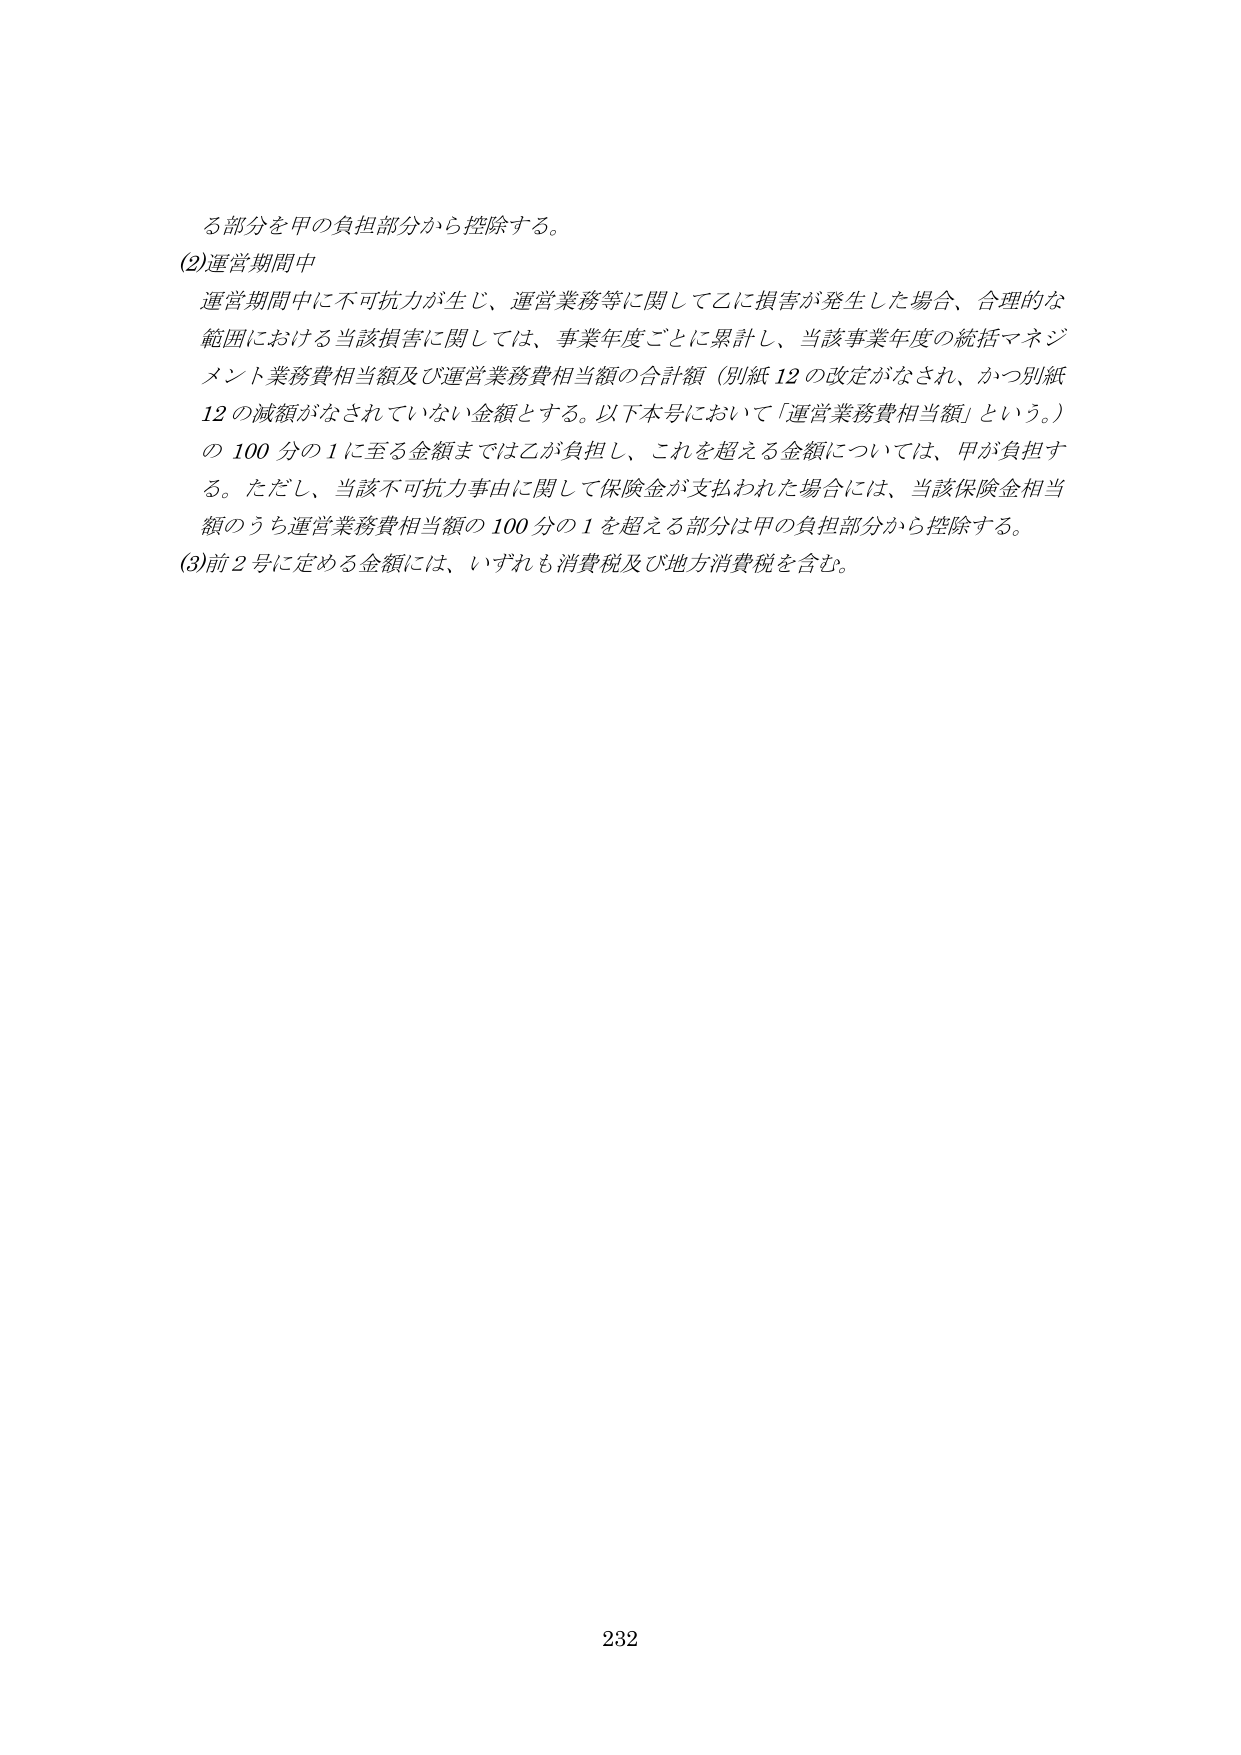
る部分を甲の負担部分から控除する。

(2)運営期間中
運営期間中に不可抗力が生じ、運営業務等に関して乙に損害が発生した場合、合理的な
範囲における当該損害に関しては、事業年度ごとに累計し、当該事業年度の統括マネジ
メント業務費相当額及び運営業務費相当額の合計額（別紙12の改定がなされ、かつ別紙
12の減額がなされていない金額とする。以下本号において「運営業務費相当額」という。）
の100分の1に至る金額までは乙が負担し、これを超える金額については、甲が負担す
る。ただし、当該不可抗力事由に関して保険金が支払われた場合には、当該保険金相当
額のうち運営業務費相当額の100分の1を超える部分は甲の負担部分から控除する。

(3)前2号に定める金額には、いずれも消費税及び地方消費税を含む。

232